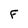
Character: F